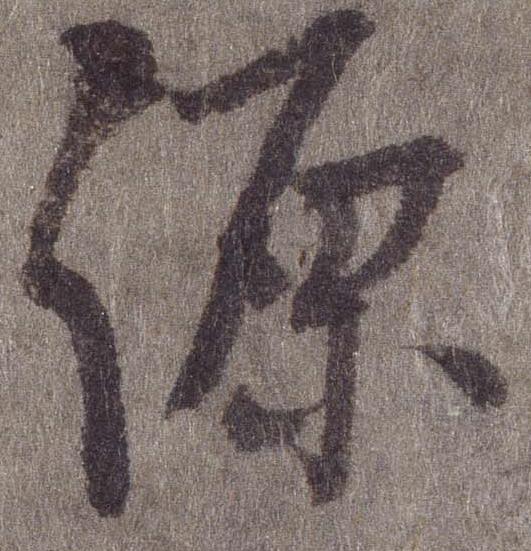
源